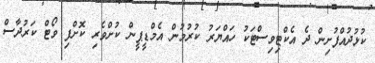
ކުޅުދުއްފުށިން ދެ އެކްޓިވިސްޓަކު ހައްޔަރު ކުރުމުން އެމްޑީޕީން ކުށްވެރި ކޮށްފި ވޯޓް ކަރުދާސް